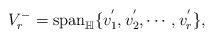
LaTeX: \begin{align*} V_{r}^{-}=\mathrm{span}_{\mathbb{H}}\{v_{1}^{'},v_{2}^{'},\cdots,v_{r}^{'}\},\end{align*}